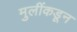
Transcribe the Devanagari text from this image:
मुलींकडून